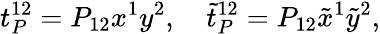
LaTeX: t_{P}^{12}=P_{12}x^{1}y^{2},\quad\tilde{t}_{P}^{12}=P_{12}\tilde{x}^{1}\tilde{y}^{2},